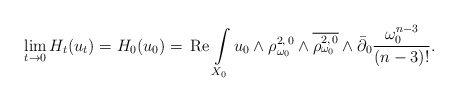
\begin{align*}\lim_{t \to 0} H_t(u_t)= H_0(u_0)=\,\mbox{Re}\,\int\limits_{X_0} u_0 \wedge\rho_{\omega_0} ^{2,\,0}\wedge\overline{\rho_{\omega_0} ^{2,\,0}}\wedge\bar\partial_0 \frac{\omega_0 ^{n-3}}{(n-3)!}.\end{align*}